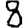
Digit: 8